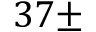
3 7 \pm